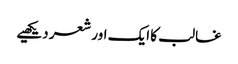
غالب کا ایک اور شعر دیکھیے